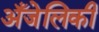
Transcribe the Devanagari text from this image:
अँजेलिकी